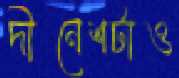
দীনেশটাও